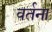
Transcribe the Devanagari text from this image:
वर्तना